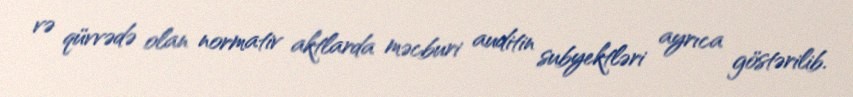
və qüvvədə olan normativ aktlarda məcburi auditin subyektləri ayrıca göstərilib.